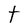
Character: t